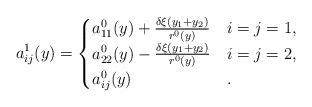
LaTeX: \begin{align*} a_{ij}^1(y)= \begin{cases} a_{11}^0(y) + \frac{\delta \xi(y_1+y_2)}{r^0(y)} & i=j=1,\\ a_{22}^0(y) - \frac{\delta \xi(y_1+y_2)}{r^0(y)} & i=j=2,\\ a_{ij}^0(y) &. \end{cases} \end{align*}